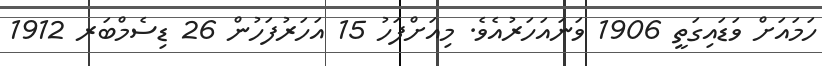
ހަމައަށް ވަޑައިގަތީ 1906 ވަނައަހަރުއެވެ. މިއަށްފަހު 15 އަހަރުފަހުން 26 ޑިސެމްބަރ 1912